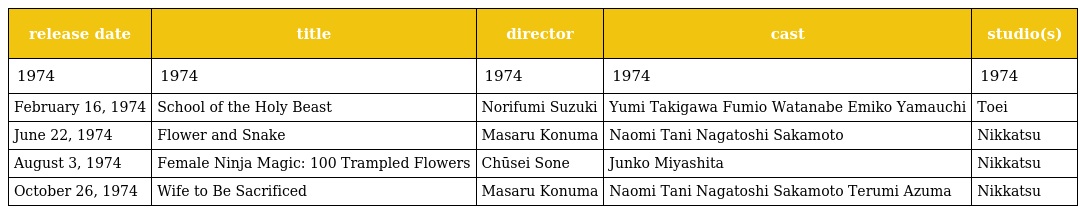
| release date | title | director | cast | studio(s) |
 | --- | --- | --- | --- | --- |
 | 1974 | 1974 | 1974 | 1974 | 1974 |
 | February 16, 1974 | School of the Holy Beast | Norifumi Suzuki | Yumi Takigawa Fumio Watanabe Emiko Yamauchi | Toei |
 | June 22, 1974 | Flower and Snake | Masaru Konuma | Naomi Tani Nagatoshi Sakamoto | Nikkatsu |
 | August 3, 1974 | Female Ninja Magic: 100 Trampled Flowers | Chūsei Sone | Junko Miyashita | Nikkatsu |
 | October 26, 1974 | Wife to Be Sacrificed | Masaru Konuma | Naomi Tani Nagatoshi Sakamoto Terumi Azuma | Nikkatsu |